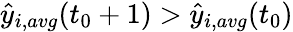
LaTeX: \hat{y}_{i,avg}(t_{0}+1)>\hat{y}_{i,avg}(t_{0})